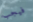
فيجب